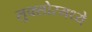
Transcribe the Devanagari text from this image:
लुक्सोरमध्ये